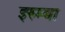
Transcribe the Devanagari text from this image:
इरुम्बा